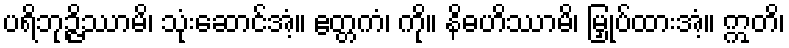
ပရိဘုဉ္ဇိဿာမိ၊ သုံးဆောင်အံ့။ ဧတ္တကံ၊ ကို။ နိဓဟိဿာမိ၊ မြှုပ်ထားအံ့။ ဣတိ၊